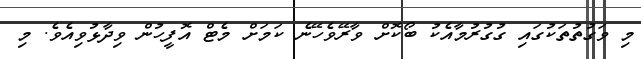
މި ވަގުތުތަކުގައި ގުގުރުމާއެކު ބޯކޮށް ވާރޭވެހޭނެ ކަމަށް މެޓް އޮފީހުން ވިދާޅުވިއެވެ. މި